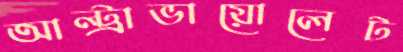
আল্ট্রাভায়োলেট